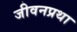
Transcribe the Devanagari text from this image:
जीवनप्रथा